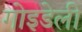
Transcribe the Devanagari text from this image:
गोइडेली